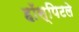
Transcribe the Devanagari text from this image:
हॉस्पिटले